Indian journal of veterinary science and animal husbandry - Volumes 26-27, 1956-1957
Year: 1956
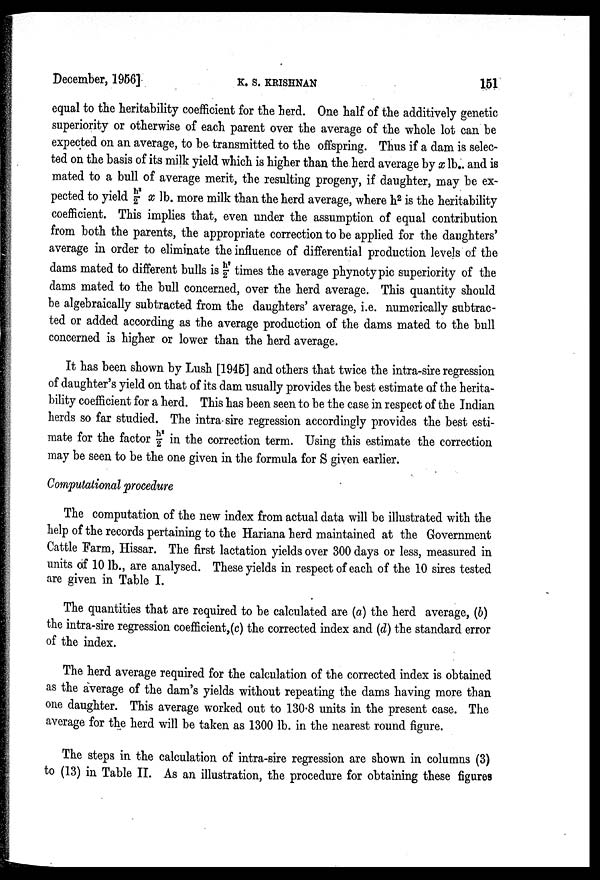
December, 1956]
K.
S.
KRISHNAN
151
equal to the heritability coefficient for the herd. One half of the additively genetic
superiority or otherwise of each parent over the average of the whole lot can be
expected on an average, to be transmitted to the offspring. Thus if a dam is selec-
ted on the basis of its milk yield which is higher than the herd average by x lb. and is
mated to a bull of average merit, the. resulting progeny, if daughter, may be ex-
pected to yield h 2 /2 x lb. more milk than the herd average, where h 2 is the heritability
coefficient. This implies that, even under the assumption of equal contribution
from both the parents, the appropriate correction to be applied for the daughters'
average in order to eliminate the influence of differential production levels of the
dams mated to different bulls is h 2 /2 times the average phynotypic superiority of the
dams mated to the bull concerned, over the herd average. This quantity should
be algebraically subtracted from the daughters' average, i.e. numerically subtrac-
ted or added according as the average production of the dams mated to the bull
concerned is higher or lower than the herd average.
It has been shown by Lush [1945] and others that twice the intra-sire regression
of daughter's yield on that of its dam usually provides the best estimate of the herita-
bility coefficient for a herd. This has been seen to be the case in respect of the Indian
herds so far studied. The intra sire regression accordingly provides the best esti-
mate for the factor h 2 /2 in the correction term. Using this estimate the correction
may be seen to be the one given in the formula for S given earlier.
Computational procedure
The computation of the new index from actual data will be illustrated with the
help of the records pertaining to the Hariana herd maintained at the Government
Cattle Farm, Hissar. The first lactation yields over 300 days or less, measured in
units of 10 lb., are analysed. These yields in respect of each of the 10 sires tested
are given in Table I.
The quantities that are required to be calculated are (a) the herd average, (b)
the intra-sire regression coefficient,(c) the corrected index and (d) the standard error
of the index.
The herd average required for the calculation of the corrected index is obtained
as the average of the dam's yields without repeating the dams having more than
one daughter. This average worked out to 130.8 units in the present case. The
average for the herd will be taken as 1300 lb. in the nearest round figure.
The steps in the calculation of intra-sire regression are shown in columns (3)
to (13) in Table II. As an illustration, the procedure for obtaining these figures